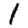
Digit: 1